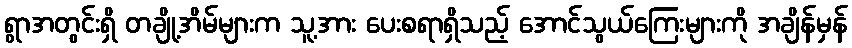
ရွာအတွင်းရှိ တချို့အိမ်များက သူ့အား ပေးစရာရှိသည့် အောင်သွယ်ကြေးများကို အချိန်မှန်